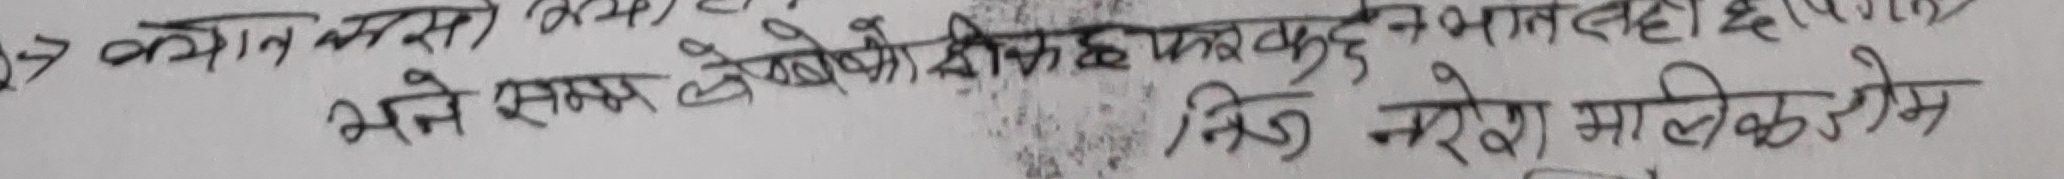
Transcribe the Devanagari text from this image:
27 अर्थात कसा (224) है उन बात नहीं है। पहला
भत्ते समय लेखकों को किया जाऐ कुछ
निंद नरेश मौलिक रोभ